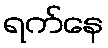
ရက်နေ